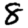
Digit: 8